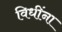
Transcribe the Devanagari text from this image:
विधींना